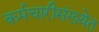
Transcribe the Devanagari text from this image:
कर्मचारीसंख्येत